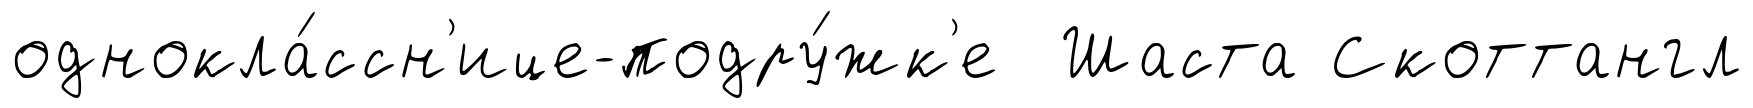
однокла́ссн'ице-подру́жк'е Шаста Скоттангл